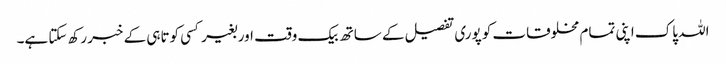
اللہ پاک اپنی تمام مخلوقات کو پوری تفصیل کے ساتھ بیک وقت اور بغیر کسی کوتاہی کے خبر رکھ سکتا ہے۔